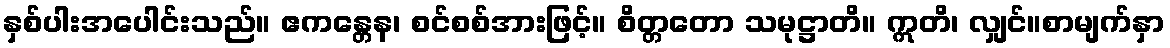
နှစ်ပါးအပေါင်းသည်။ ဧကန္တေန၊ စင်စစ်အားဖြင့်။ စိတ္တတော သမုဋ္ဌာတိ။ ဣတိ၊ လျှင်။စာမျက်နှာ